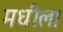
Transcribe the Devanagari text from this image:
मधीला